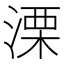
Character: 溧